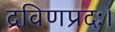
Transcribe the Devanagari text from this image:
द्रविणप्रदः।